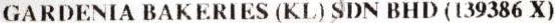
GARDENIA BAKERIES (KL) SDN BHD (139386 X)